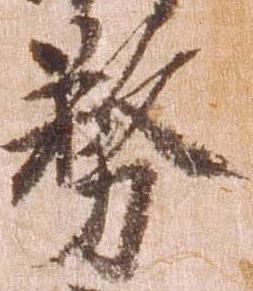
務